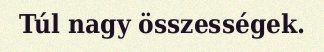
Túl nagy összességek.